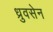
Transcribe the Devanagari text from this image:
ध्रुवसेन